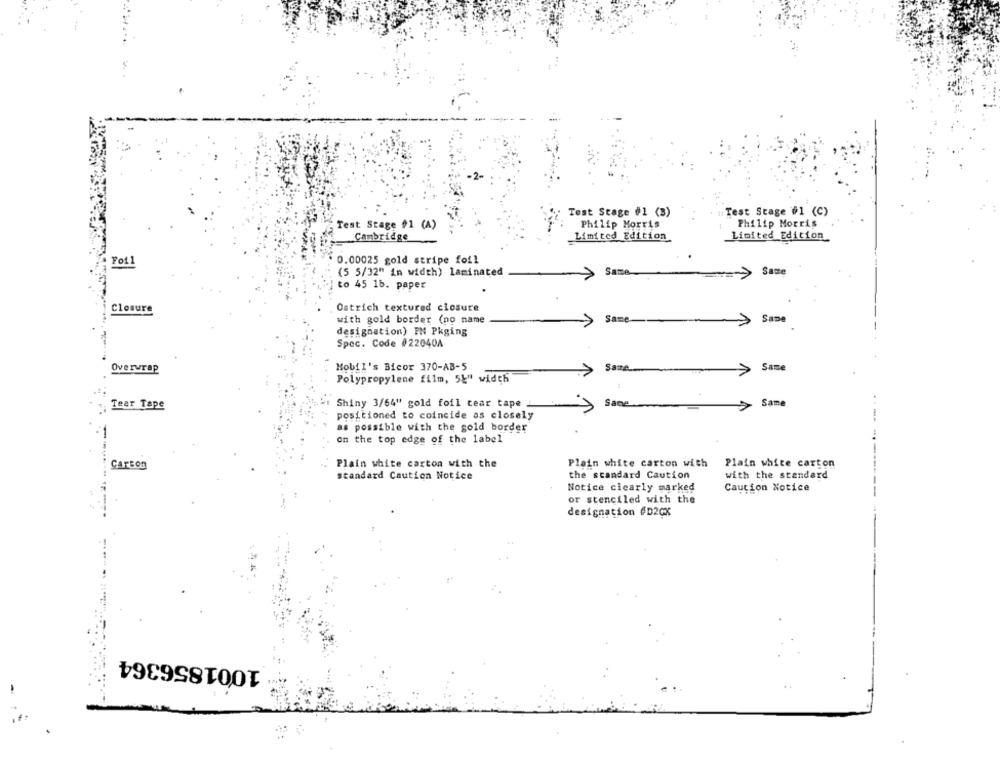
Test Stage #1 (3)
Test Stage #1 (C)
Test Stage #1 (A)
Philip Morris
Philip Morris
Cambridge
Limited Edition
Limited Edition
0.00025 gold stripe foil
(5 5/32" in width) laminated
Same
=> Same
to 45 1b. paper
Closure
Ostrich textured closure
with gold border (no name
Same
Same
1
designation) PM Pkging
Spec. Code #22040A
Mobil's Bicor 370-AB-5
Same
Overwrap
>
Same
Polypropylene film, 5L" width
Tear Tape
Shiny 3/64" gold foil tear tape _
Same
Same
positioned to coincide as closely
as possible with the gold border
on the top edge of the label
CARBON
Plain white carton with the
Plain white carton with
Plain white carton
the standard Caution
standard Caution Notice
with the standard
Notice clearly marked
Caution Notice
or stenciled with the
---------
designation #D2CX
1001856364